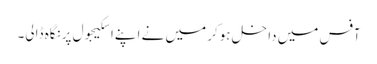
آفس میں داخل ہوکر میں نے اپنےاسکیجول پرنگاہ ڈالی۔